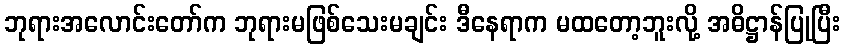
ဘုရားအလောင်းတော်က ဘုရားမဖြစ်သေးမချင်း ဒီနေရာက မထတော့ဘူးလို့ အဓိဋ္ဌာန်ပြုပြီး